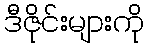
ဒီဇိုင်းများကို